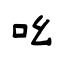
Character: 吆